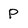
Character: P